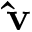
{ \bf \widehat v }